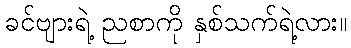
ခင်ဗျားရဲ့ ညစာကို နှစ်သက်ရဲ့လား။